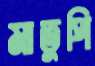
মাতুপি